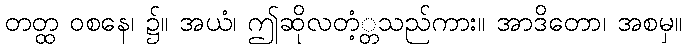
တတ္ထ ဝစနေ၊ ၌။ အယံ၊ ဤဆိုလတံ့္တသည်ကား။ အာဒိတော၊ အစမှ။